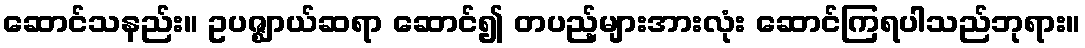
ဆောင်သနည်း။ ဥပဇ္ဈာယ်ဆရာ ဆောင်၍ တပည့်များအားလုံး ဆောင်ကြရပါသည်ဘုရား။